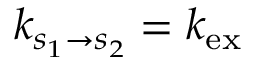
k _ { s _ { 1 } \to s _ { 2 } } = k _ { \mathrm { e x } }